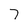
Character: 7